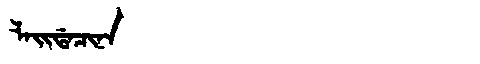
Manchu: ᠯᠠᡳᡩᠠᠴᡳᠨᠠ
Romanization: LAIDACINA